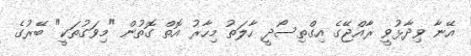
އޭނާ ވިދާޅުވީ ރާއްޖޭގެ އިގްތިސޯދީ ހާލަތު މިހާރު އޮތް ގޮތުން "މިވަގުތަކީ" ބޭރުގެ